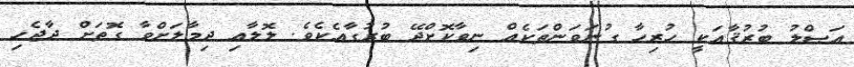
އަޞްލު ބުރުޤާއަކީ ހުރިހާ ގުނަވަންތަކެއް ނިވާކޮށްދޭ ބުރުގާއެކެވެ. ލޮލާއި ދިމާލަށްވާ ގޮތަށް ދާޖެހި